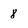
Character: 8